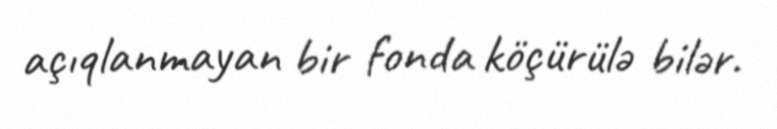
açıqlanmayan bir fonda köçürülə bilər.